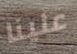
علينا